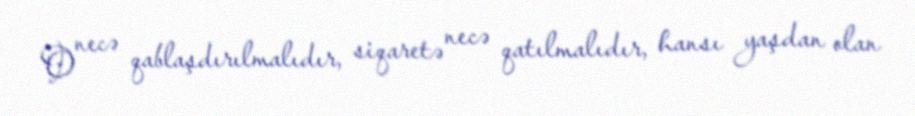
O necə qablaşdırılmalıdır, siqaretə necə qatılmalıdır, hansı yaşdan olan